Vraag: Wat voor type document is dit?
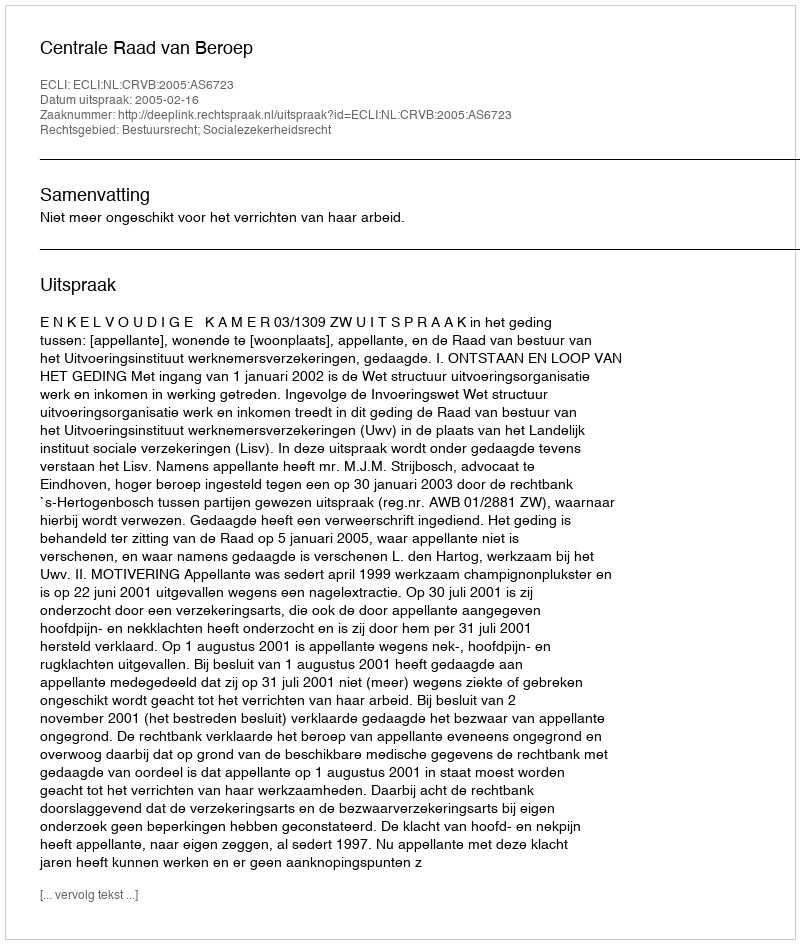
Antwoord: Uitspraak